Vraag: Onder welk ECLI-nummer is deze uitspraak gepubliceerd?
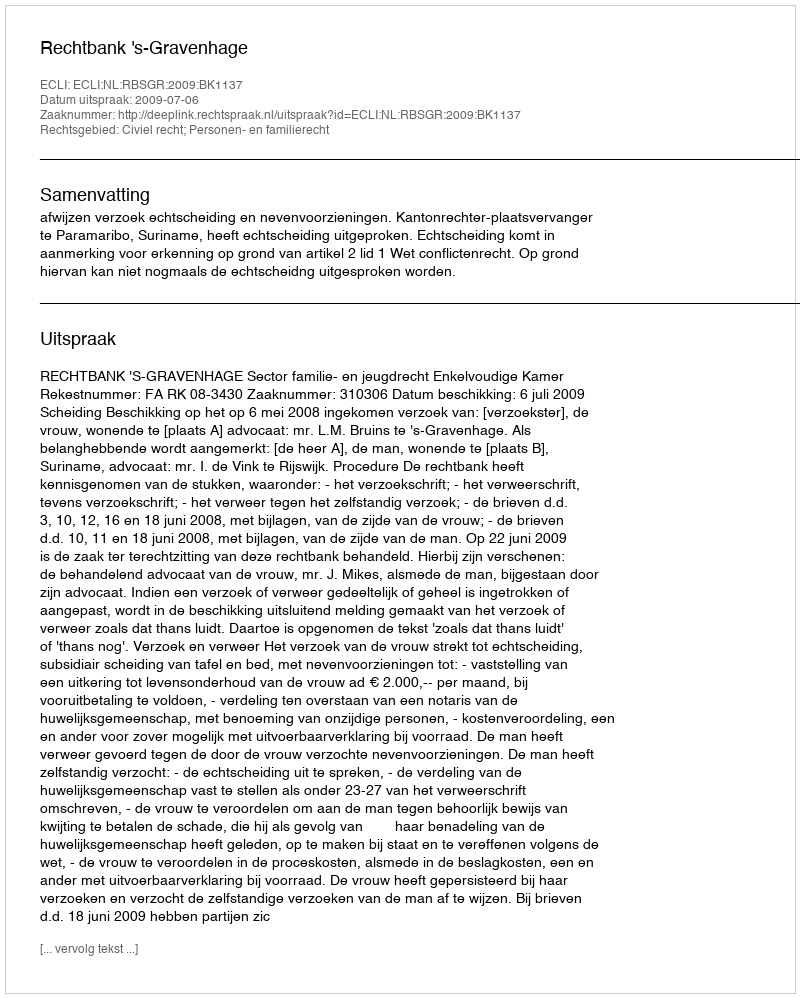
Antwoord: ECLI:NL:RBSGR:2009:BK1137